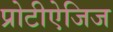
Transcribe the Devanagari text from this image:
प्रोटीऐजिज